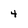
Character: 4